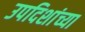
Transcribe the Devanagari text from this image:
उपदिशांच्या